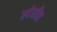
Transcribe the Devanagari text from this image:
स्पेसीस